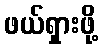
ဖယ်ရှားဖို့